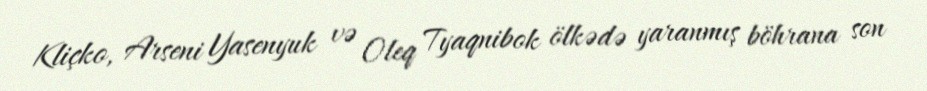
Kliçko, Arseni Yasenyuk və Oleq Tyaqnibok ölkədə yaranmış böhrana son